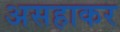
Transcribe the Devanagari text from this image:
असहाकर